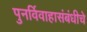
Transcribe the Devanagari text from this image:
पुनर्विवाहासंबंधीचे